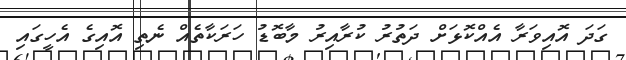
ގަދަ އޮއިވަރާ އެއްކޮޅަށް ދަތުރު ކުރާއިރު މާބޮޑު ހަރަކާތެއް ނެތި އޮއިގެ އެހީގައި